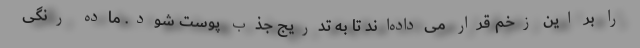
را بر این زخم قرار می‌داده‌اند تا به تدریج جذب پوست شود. ماده رنگی